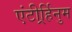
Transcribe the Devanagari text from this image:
एंटीर्र्हिनुम